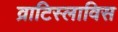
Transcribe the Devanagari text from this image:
व्राटिस्लाविस